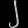
Digit: ၂